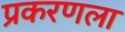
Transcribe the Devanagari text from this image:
प्रकरणला